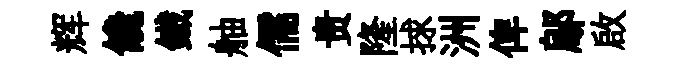
辉饞鐵舳儒贵隆捄洲俾鄔啟